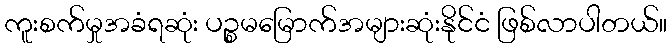
ကူးစက်မှုအခံရဆုံး ပဉ္စမမြောက်အများဆုံးနိုင်ငံ ဖြစ်လာပါတယ်။